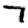
Digit: 7